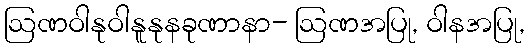
ဩဏဝါနုဝါနူနုနခုဏာနာ- ဩဏအပြု, ဝါနအပြု,